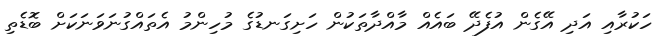
ހަކުރާއި އަދި އޭގެން އުފެދޭ ބައެއް މާއްދާތަކުން ހަށިގަނޑުގެ މުހިންމު އެތައްގުނަވަނަކަށް ބޮޑެތި